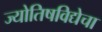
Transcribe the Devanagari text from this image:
ज्योतिषविद्येचा